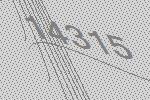
14315